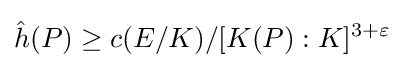
{\hat {h}}(P)\geq c(E/K)/[K(P):K]^{3+\varepsilon }